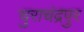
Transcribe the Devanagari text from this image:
चुराचंद्रपुर